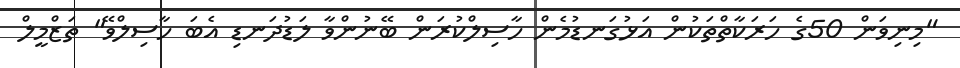
"މިނިވަން 50ގެ ހަރަކާތްތަކުން އަޅުގަނޑުމެން ހާސިލްކުރަން ބޭނުންވާ ލަޑުދަނޑި އެބަ ހާސިލްވޭ" ތަޒްމީލް